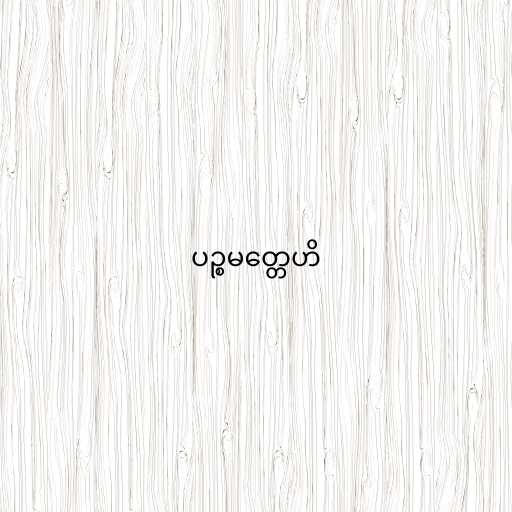
ပဉ္စမတ္တေဟိ